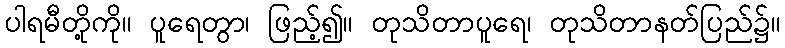
ပါရမီတို့ကို။ ပူရေတွာ၊ ဖြည့်၍။ တုသိတာပူရေ၊ တုသိတာနတ်ပြည်၌။